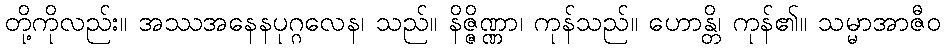
တို့ကိုလည်း။ အဿအနေနပုဂ္ဂလေန၊ သည်။ နိဇ္ဇိဏ္ဏာ၊ ကုန်သည်။ ဟောန္တိ၊ ကုန်၏။ သမ္မာအာဇီဝ